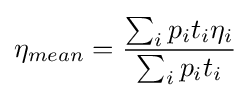
\eta _{mean}={\frac {\textstyle \sum _{i}p_{i}t_{i}\eta _{i}}{\textstyle \sum _{i}p_{i}t_{i}}}